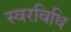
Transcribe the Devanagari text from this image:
स्वरविधि